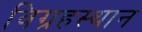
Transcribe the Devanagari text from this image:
विग्रहस्थान